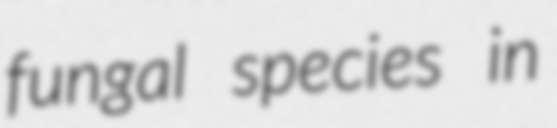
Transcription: fungal species in